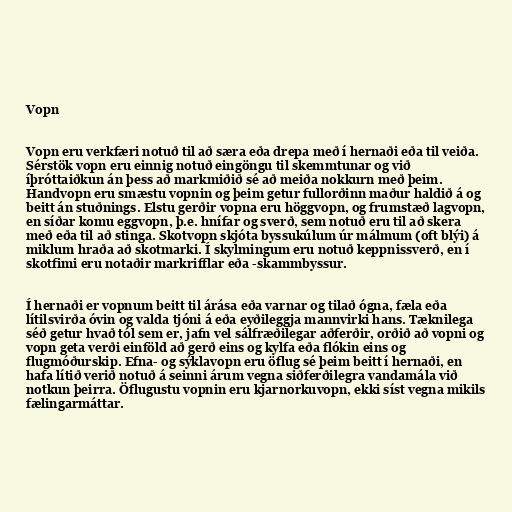
Vopn

Vopn eru verkfæri notuð til að særa eða drepa með í hernaði eða til veiða.
Sérstök vopn eru einnig notuð eingöngu til skemmtunar og við
íþróttaiðkun án þess að markmiðið sé að meiða nokkurn með þeim.
Handvopn eru smæstu vopnin og þeim getur fullorðinn maður haldið á og
beitt án stuðnings. Elstu gerðir vopna eru höggvopn, og frumstæð lagvopn,
en síðar komu eggvopn, þ.e. hnífar og sverð, sem notuð eru til að skera
með eða til að stinga. Skotvopn skjóta byssukúlum úr málmum (oft blýi) á
miklum hraða að skotmarki. Í skylmingum eru notuð keppnissverð, en í
skotfimi eru notaðir markrifflar eða -skammbyssur.

Í hernaði er vopnum beitt til árása eða varnar og tilað ógna, fæla eða
lítilsvirða óvin og valda tjóni á eða eyðileggja mannvirki hans. Tæknilega
séð getur hvað tól sem er, jafn vel sálfræðilegar aðferðir, orðið að vopni og
vopn geta verði einföld að gerð eins og kylfa eða flókin eins og
flugmóðurskip. Efna- og sýklavopn eru öflug sé þeim beitt í hernaði, en
hafa lítið verið notuð á seinni árum vegna siðferðilegra vandamála við
notkun þeirra. Öflugustu vopnin eru kjarnorkuvopn, ekki síst vegna mikils
fælingarmáttar.